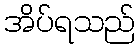
အိပ်ရသည်